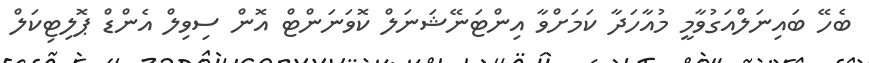
ބެހޭ ބައިނަލްއަގުވާމީ މުއާހަދާ ކަމަށްވާ އިންޓަނޭޝަނަލް ކޮވަނަންޓް އޮން ސިވިލް އެންޑް ޕޮލިޓިކަލް